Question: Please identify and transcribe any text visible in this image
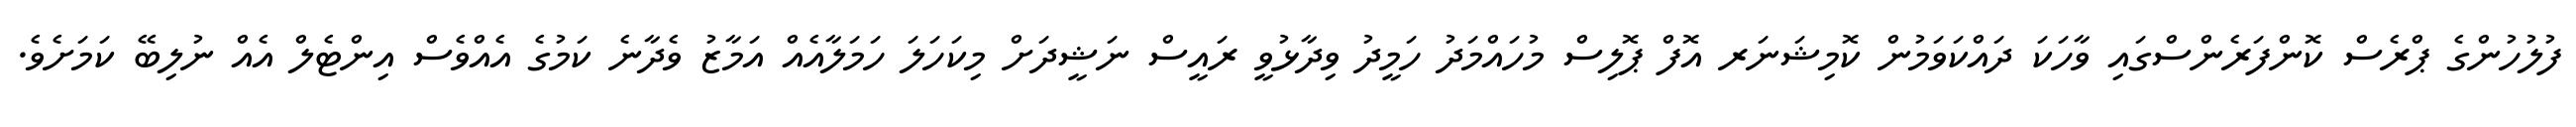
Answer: ފުލުހުންގެ ޕްރެސް ކޮންފަރެންސްގައި ވާހަކަ ދައްކަވަމުން ކޮމިޝަނަރ އޮފް ޕޮލިސް މުހައްމަދު ހަމީދު ވިދާޅުވީ ރައީސް ނަޝީދަށް މިކަހަލަ ހަމަލާއެއް އަމާޒު ވެދާނެ ކަމުގެ އެއްވެސް އިންޓެލް އެއް ނުލިބޭ ކަމަށެވެ.